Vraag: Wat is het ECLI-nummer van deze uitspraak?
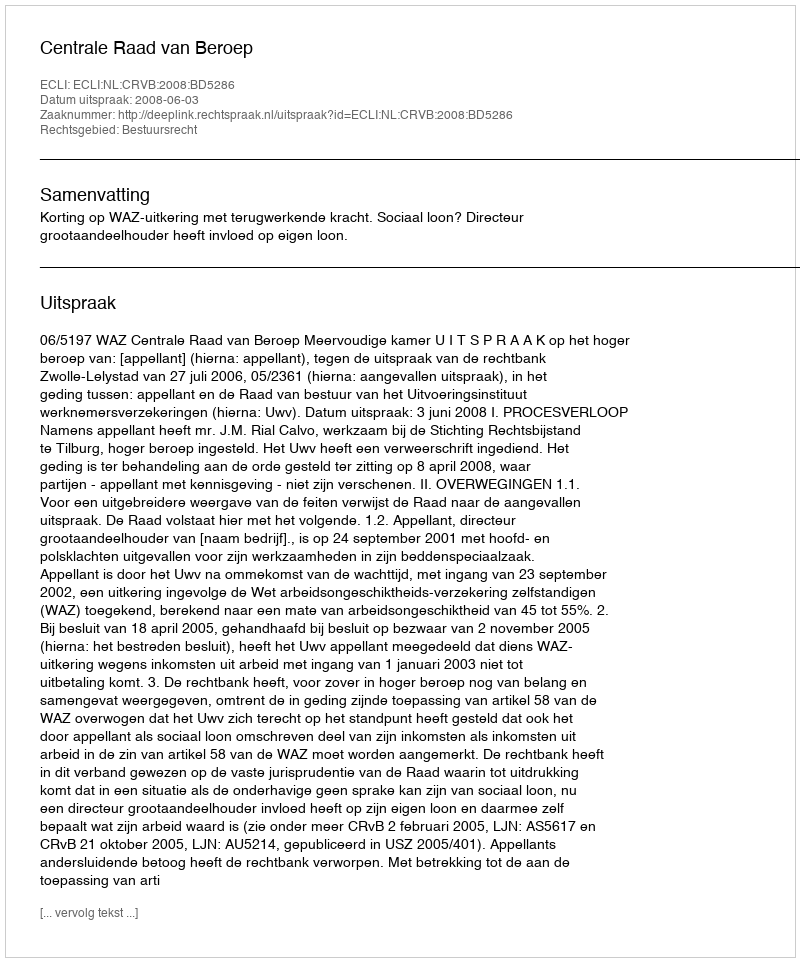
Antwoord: ECLI:NL:CRVB:2008:BD5286